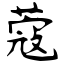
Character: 蔻